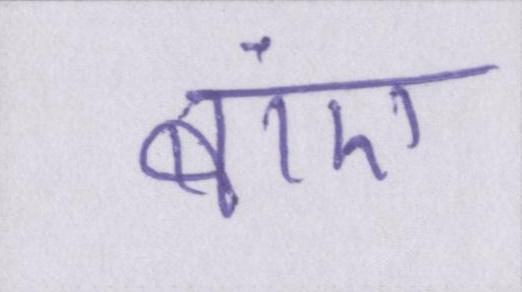
बाएं